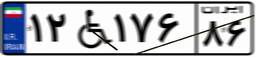
۱۲W۱۷۶۸۶